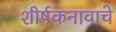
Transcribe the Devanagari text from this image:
शीर्षकनावाचे